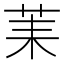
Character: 䒹